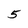
Character: 5